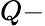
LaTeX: Q-